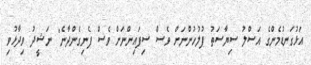
އަޅުގަނޑުމެންގެ އަސްލު ސިޔާސަތު ފުލުހުންނަށް ވެސް ސިފައިންނަށް ވެސް ފެނިގެންދާނެ" ނަޝީދު ވިދާޅުވި